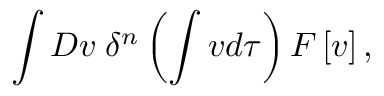
\int { \cal D } v \; \delta ^ { n } \left( \int v d \tau \right) F \left[ v \right] ,